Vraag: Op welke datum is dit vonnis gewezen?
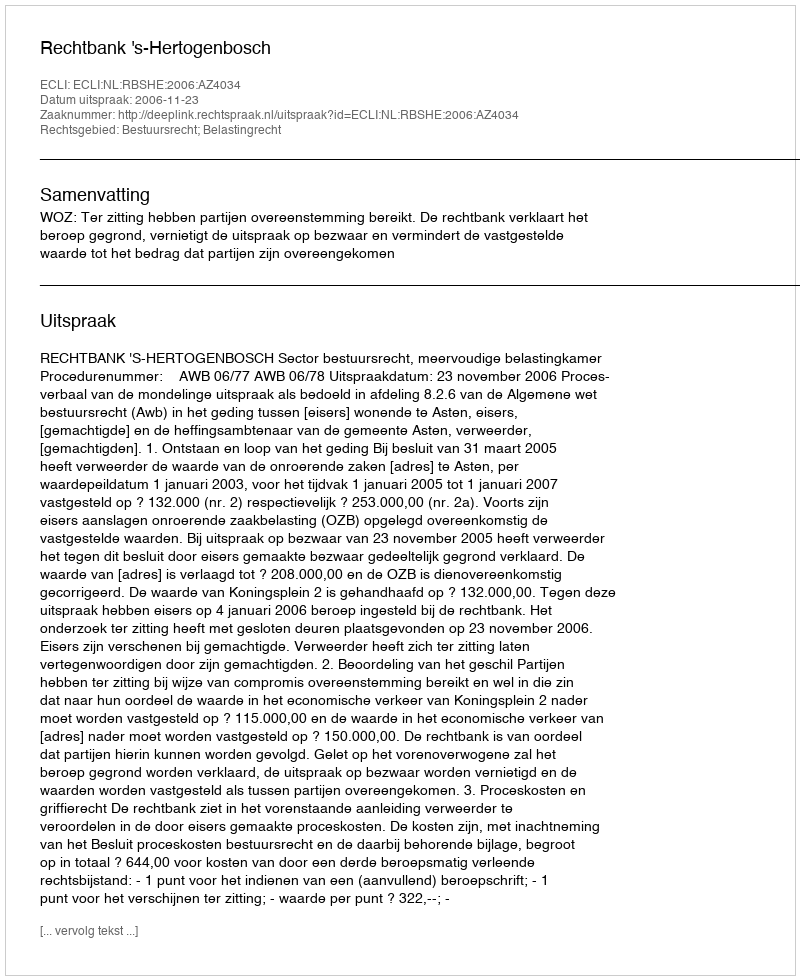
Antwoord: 2006-11-23